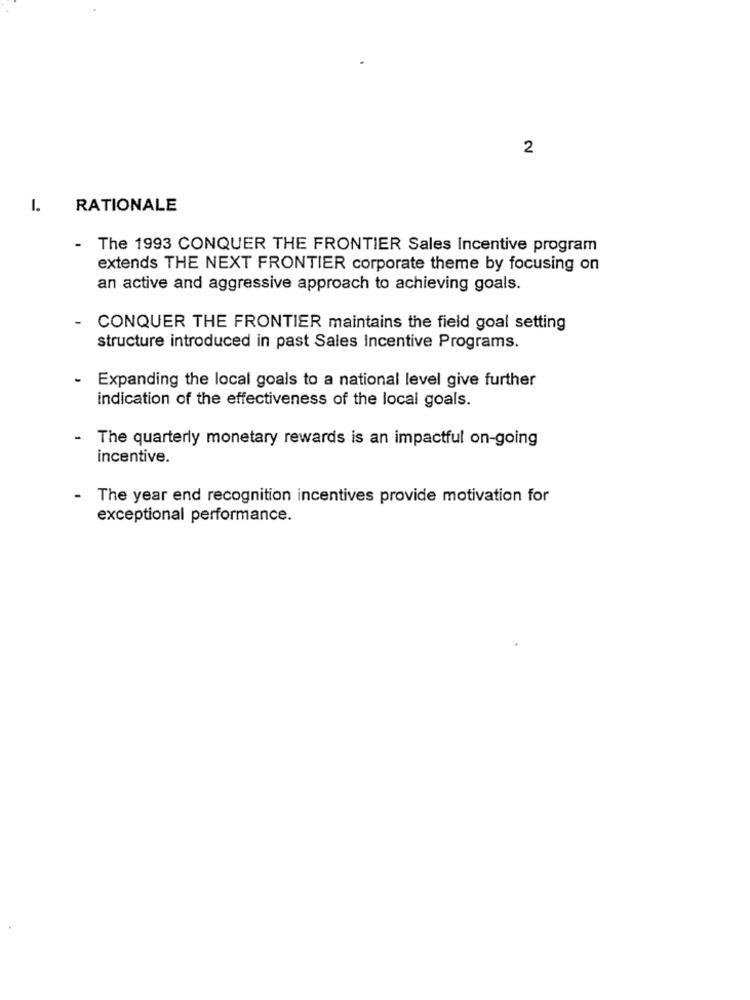
2
RATIONALE
- The 1993 CONQUER THE FRONTIER Sales Incentive program
extends THE NEXT FRONTIER corporate theme by focusing on
an active and aggressive approach to achieving goals.
CONQUER THE FRONTIER maintains the field goal setting
structure introduced in past Sales Incentive Programs.
-
Expanding the local goals to a national level give further
indication of the effectiveness of the local goals.
The quarterly monetary rewards is an impactful on-going
incentive.
- The year end recognition incentives provide motivation for
exceptional performance.